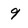
Character: 9